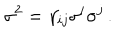
\sigma ^ { 2 } = \gamma _ { i j } \sigma ^ { i } \sigma ^ { j } \, .